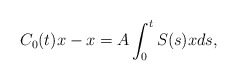
\begin{gather*}C_{0}(t)x-x=A\int_0^t S(s)xds,\end{gather*}